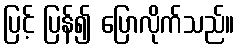
ပြင့် ပြန်၍ ပြောလိုက်သည်။